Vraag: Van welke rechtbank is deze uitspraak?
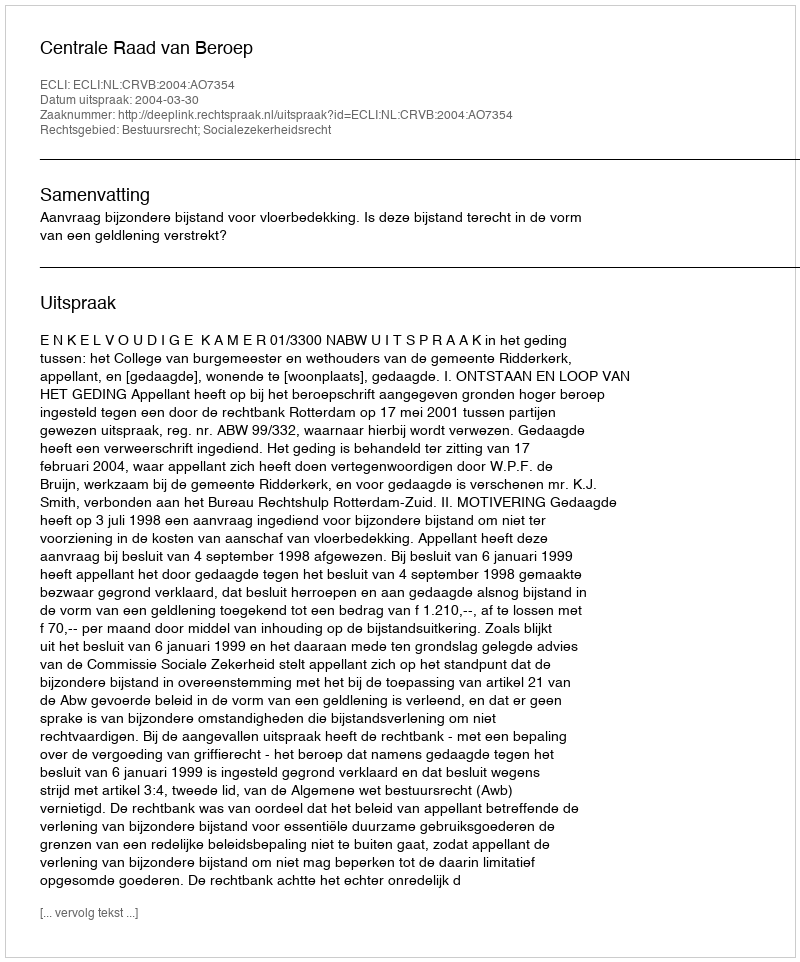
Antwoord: Centrale Raad van Beroep